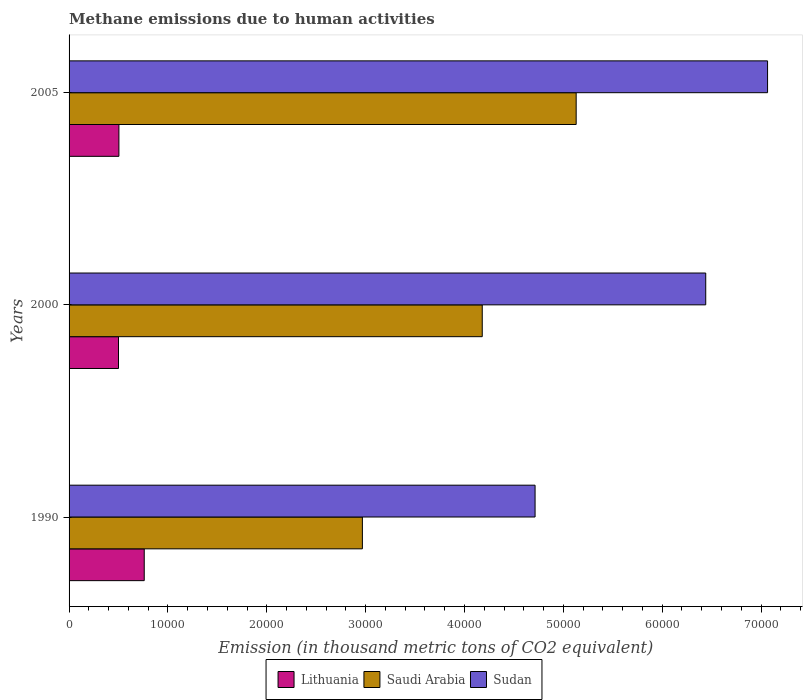
| Years | Lithuania | Saudi Arabia | Sudan |
 | --- | --- | --- | --- |
 | 1990 | 7.6e+03 | 2.97e+04 | 4.71e+04 |
 | 2000 | 5e+03 | 4.18e+04 | 6.44e+04 |
 | 2005 | 5.04e+03 | 5.13e+04 | 7.07e+04 |